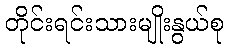
တိုင်းရင်းသားမျိုးနွယ်စု